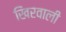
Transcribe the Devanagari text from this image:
खिरवाली